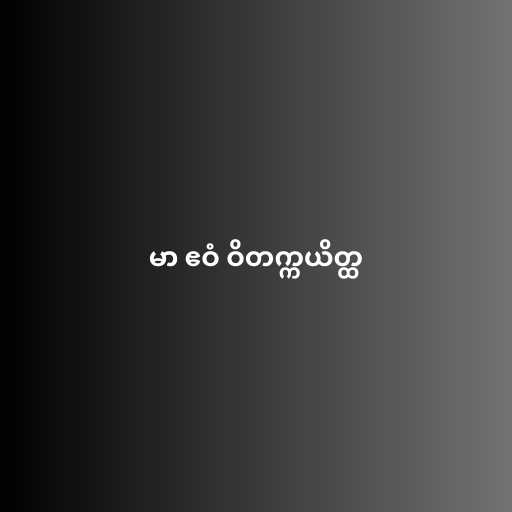
မာ ဧဝံ ဝိတက္ကယိတ္ထ